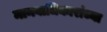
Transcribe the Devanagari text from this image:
मानवाधिकारांच्या